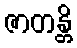
ဇာတန္တိ